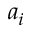
a _ { i }